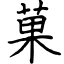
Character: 菓